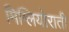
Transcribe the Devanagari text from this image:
मिग्लियोराती